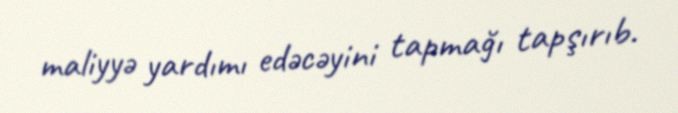
maliyyə yardımı edəcəyini tapmağı tapşırıb.